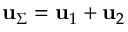
\mathbf { u } _ { \Sigma } = \mathbf { u } _ { 1 } + \mathbf { u } _ { 2 }